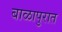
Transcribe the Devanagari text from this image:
बाळापुरात